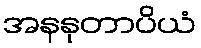
အနနုတာပိယံ